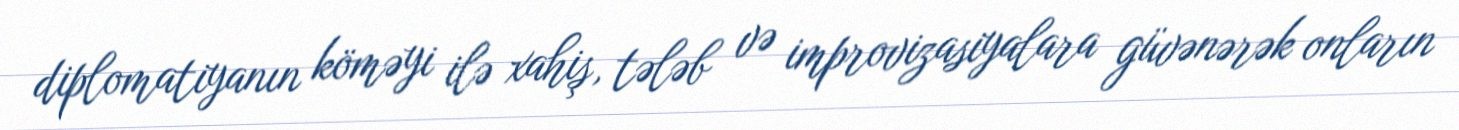
diplomatiyanın köməyi ilə xahiş, tələb və improvizasiyalara güvənərək onların